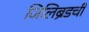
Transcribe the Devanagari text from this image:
जिलिब्रँडची